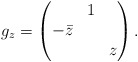
\begin{align*}g_z =\begin{pmatrix}&1&\\-\bar{z}&&\\&&z\end{pmatrix}.\end{align*}